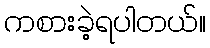
ကစားခဲ့ရပါတယ်။